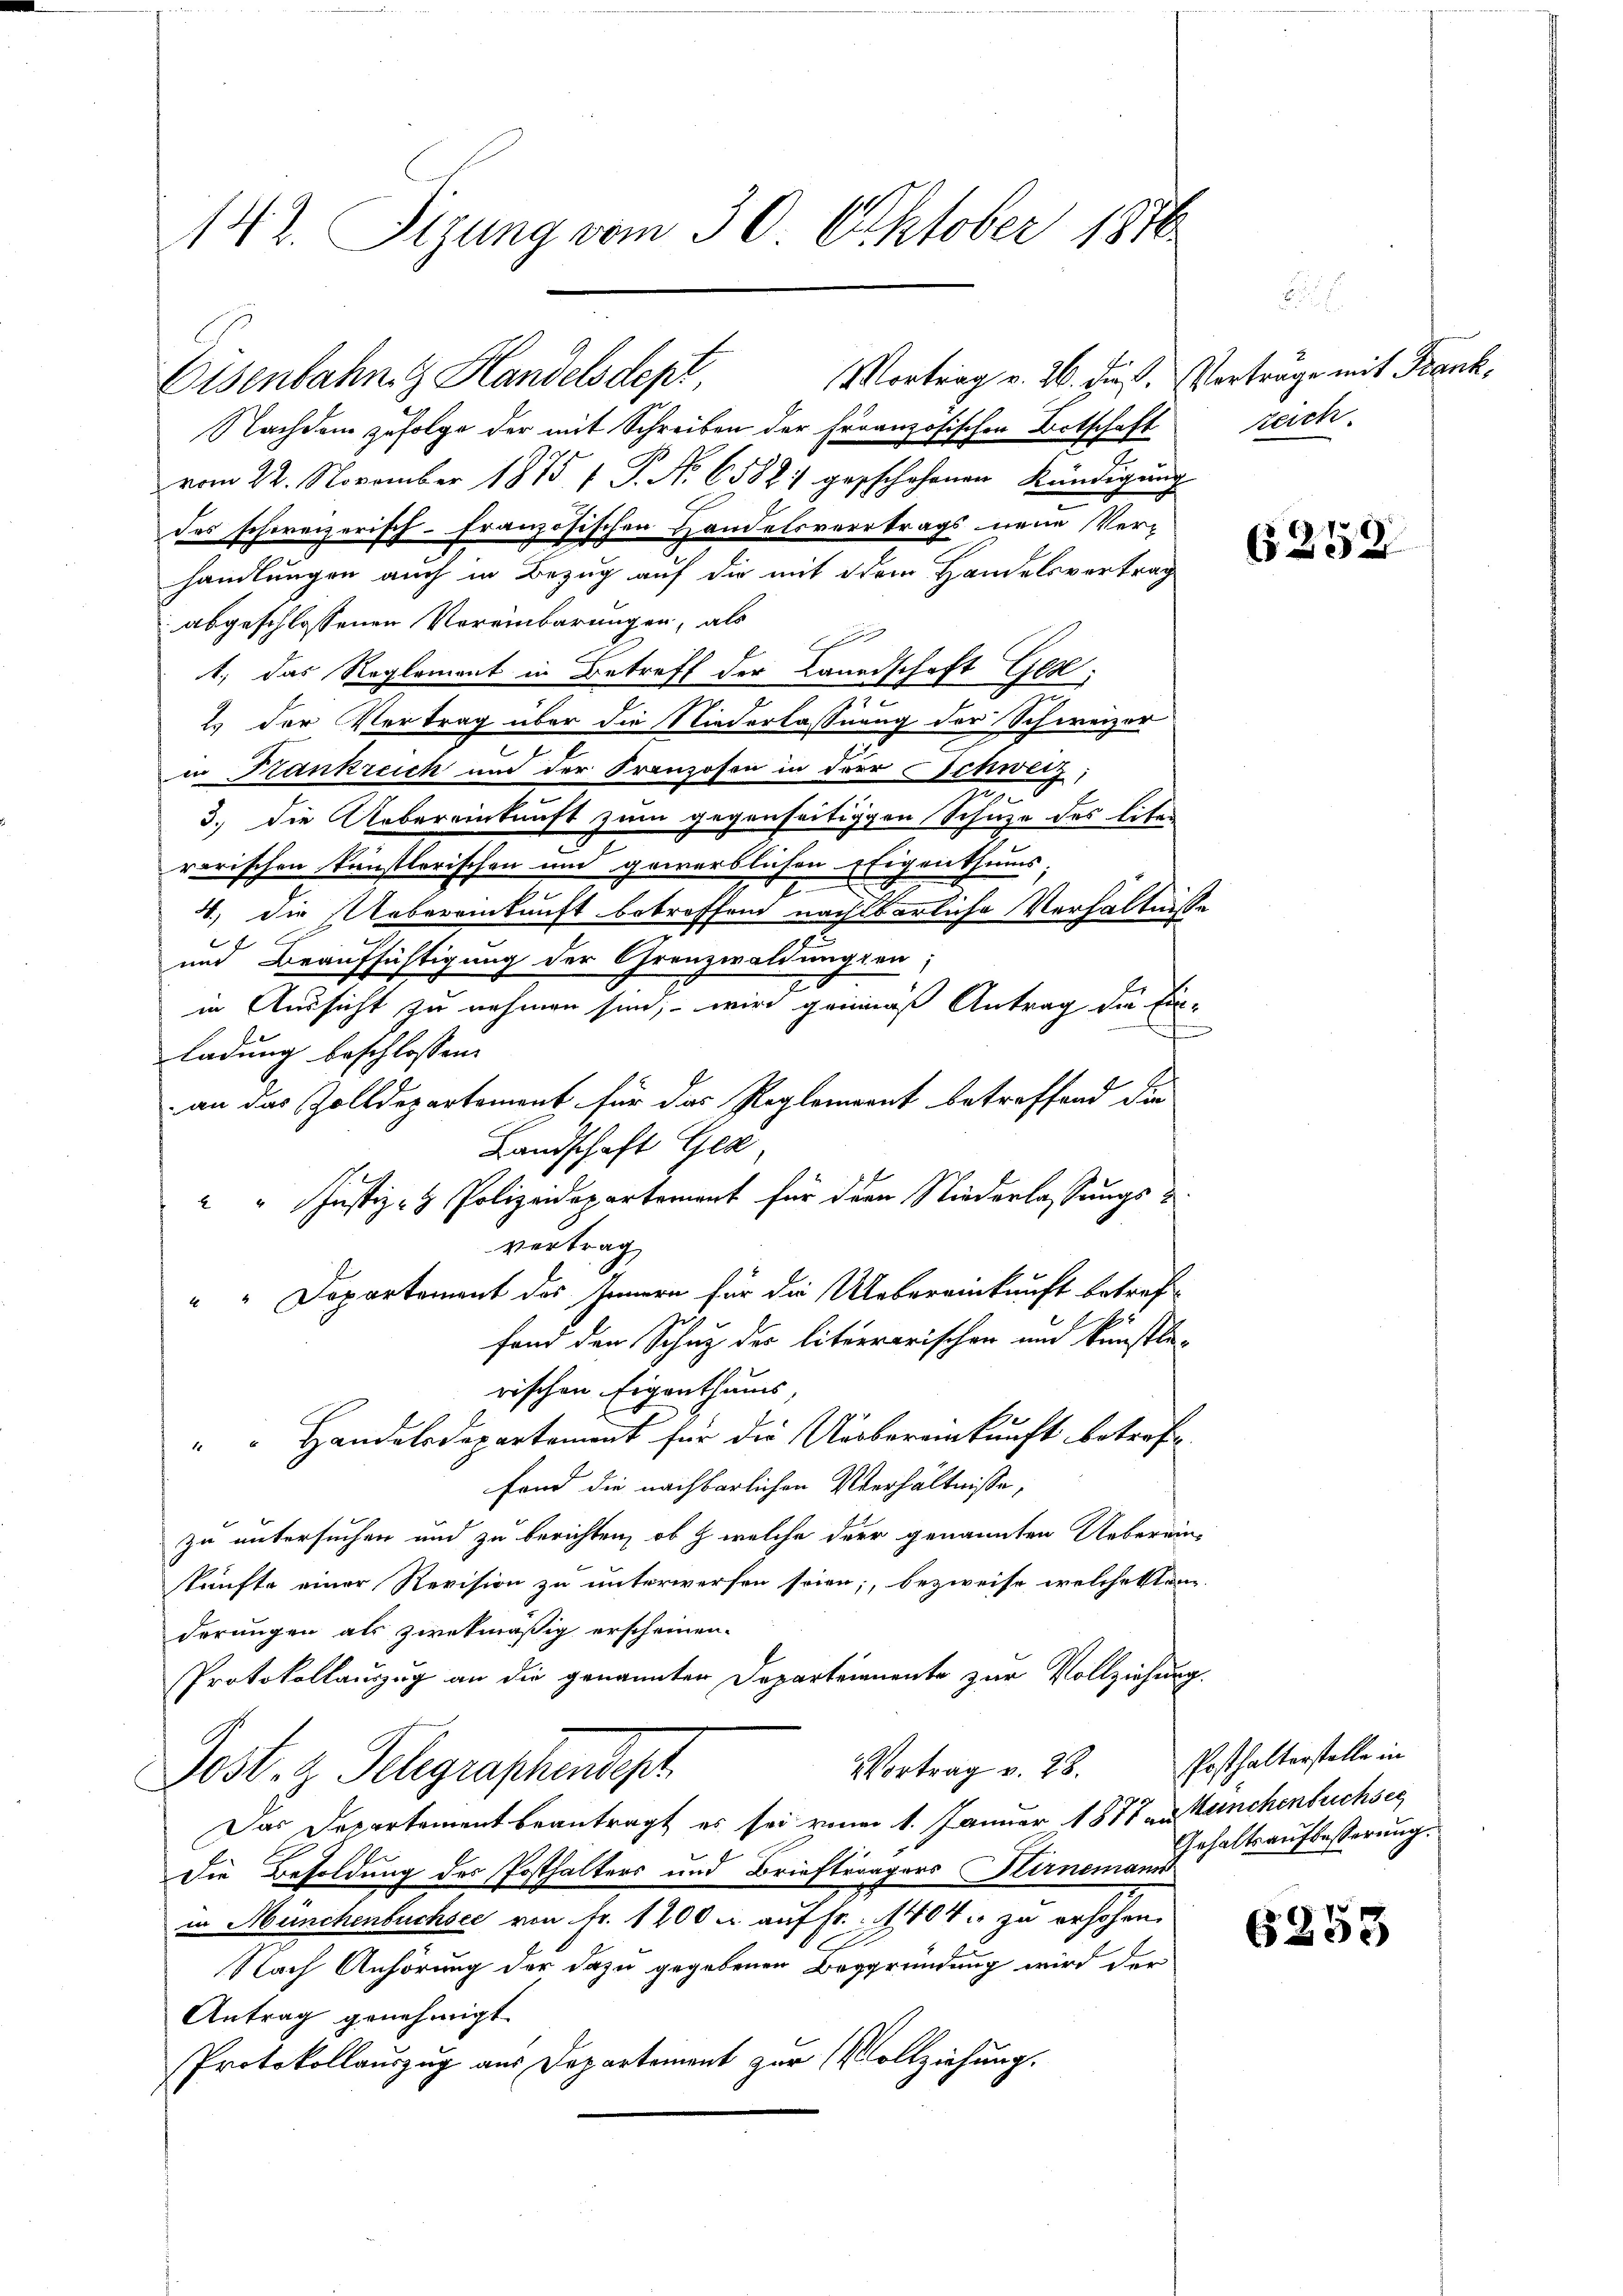
142. Sizung vom 30. Oktober 1876

Eisenbahng Handelsdept

Mortrag v. 26. die Verträge mit Frank
Nachdem zufolge der mit Schreiben der Französischen Ortschaft
vom 22. November 1875 f. P. No 6588. geschehenen Kündigung
des schoreizerisch-Französischen Handelsvertrags neue Verhandlungen auch in Bezug auf die mit dem Handelsvertrag
abgeschlossenen Vereinbarungen, als

1; das Reglement in Betreff der Landschaft Ges.
.
2. der Vertrag über die Niederlassung der Schweizer
e
in Krankreich und der Franzosen in der Schweiz,
i
3.) Die Uebereinkunft zum gegenseitigen Schuze des liten
rerischen künstlerischen und gewerblichen Eigenthums
2
4) die Uebereinkunft betreffend nachbarliche Verhältnisse
und Beaufsichtigung der Grenzwaldung son
in Aussicht zu nehmen sind, – wird gemäß Antrag die Ein¬
.
ladung beschlossen:
an das Zolldepartement für das Reglement betreffend die
Landschaft Ger
" Justiz- & Polizeidepartement für der Niederlassungs-
vertrag
"" Departement des Innern für die Uebereinkunft betreffand den Schuz der literrarischen und Künstle-
rischen Eigenthums
"  Handelsdepartament für die Uebereinkunft betreffe
fond die nachbarlichen Verhältnisse,
zu untersuchen und zu berichten, ob & welche der genannten Ueberein-
künfte einer Revision zu unterwerfen seien; bezweife welchestanz
derungen als zwekmässig erscheinen.
Protokollauszug an die genannten Departeienente zur Vollziehung.
Vortrag v. 28.
Post. z. Telegraphendet,
Das Departement beantragt es sei einer 1. Januar 1877 an Manchenbuchsee
Die Besoldung des Posthalters und Brieftragers Hirnemann
in Münchenbuchsee von Fr. 1200 u. auf fr. 1804. zu erhöhen.
E
Nach Anhörung der dazu gegebenen Begründung wird der
Antrag genehmigt.
Protokollauszug aus Departement zur Vollziehung.

zeich.

6252

Posthalterstelle in
Gehaltsaufbesserung.

6253